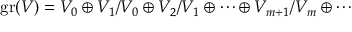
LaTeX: \mathrm { g r } ( { \cal V } ) = { \cal V } _ { 0 } \oplus { \cal V } _ { 1 } / { \cal V } _ { 0 } \oplus { \cal V } _ { 2 } / { \cal V } _ { 1 } \oplus \cdots \oplus { \cal V } _ { m + 1 } / { \cal V } _ { m } \oplus \cdots